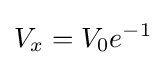
V_{x}=V_{0}e^{-1}